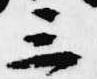
三